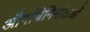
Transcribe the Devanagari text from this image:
औषधिनिर्माताओं